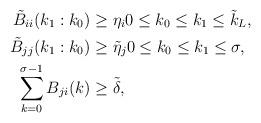
LaTeX: \begin{align*} \tilde B_{ii}(k_1:k_0)&\geq \eta_i 0\leq k_0\leq k_1\leq \tilde k_L,\cr \tilde B_{jj}(k_1:k_0)&\geq \tilde \eta_j 0\leq k_0\leq k_1\leq \sigma,\cr \sum_{k=0}^{\sigma-1}B_{ji}(k)&\geq \tilde \delta,\end{align*}